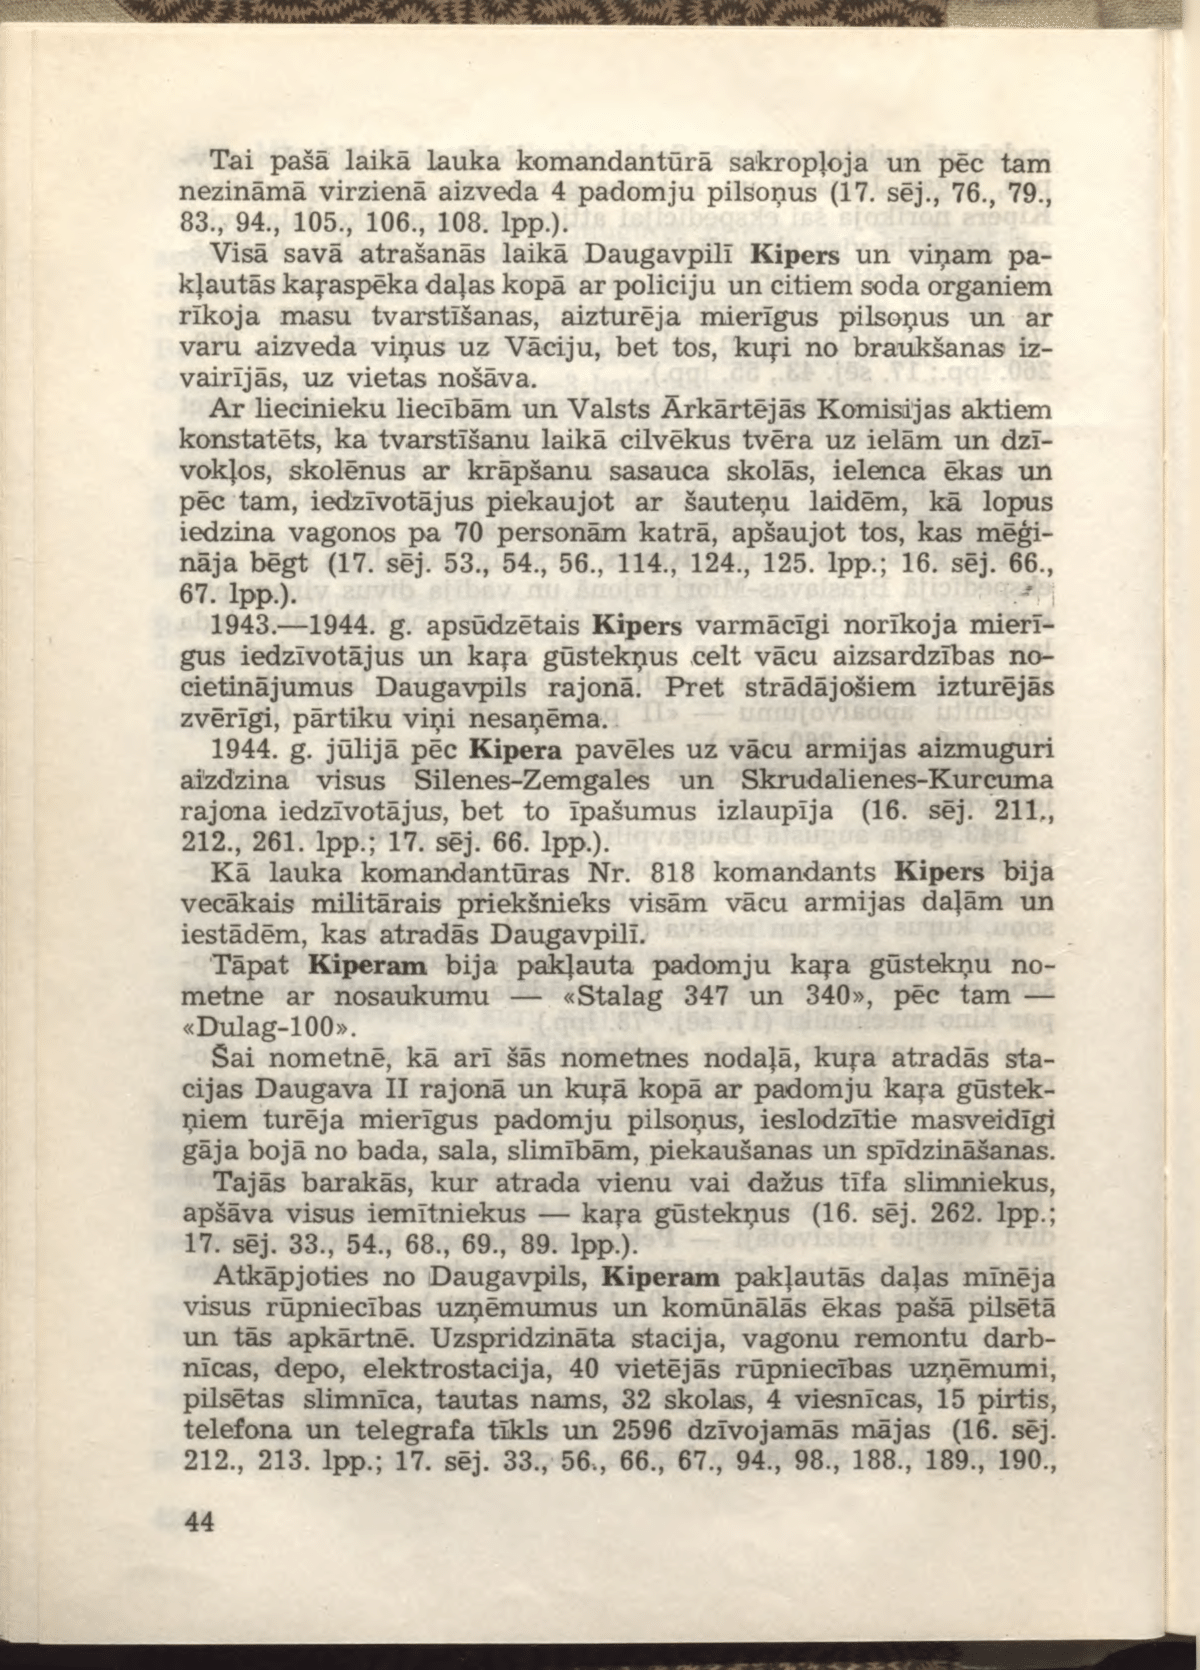
Language: lv